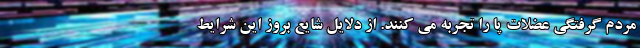
مردم گرفتگی عضلات پا را تجربه می کنند. از دلایل شایع بروز این شرایط